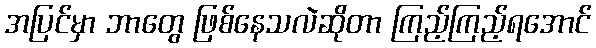
အပြင်မှာ ဘာတွေ ဖြစ်နေသလဲဆိုတာ ကြည့်ကြည့်ရအောင်